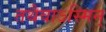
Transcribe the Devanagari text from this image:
तथैवाऽस्मिन्